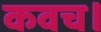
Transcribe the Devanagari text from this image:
कवच।